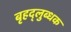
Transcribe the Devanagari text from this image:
बृहद्‌लुब्धक